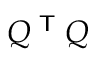
Q ^ { \textsf { T } } Q